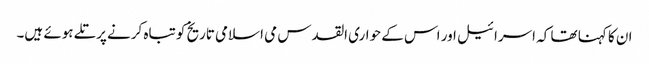
ان کا کہنا تھا کہ اسرائیل اور اس کے حواری القدس می اسلامی تاریخ کو تباہ کرنے پرتلے ہوئے ہیں۔